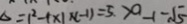
\Delta = 1 ^ { 2 } - 1 \times 1 \times ( - 1 ) = 5 . > a - 1 - \sqrt { 5 }